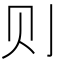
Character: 𮷌